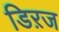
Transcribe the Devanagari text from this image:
डिऱज